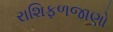
રાશિફળજાણો